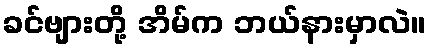
ခင်ဗျားတို့ အိမ်က ဘယ်နားမှာလဲ။